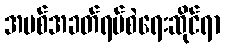
အပစ်အခတ်ရပ်စဲရေးဆိုင်ရာ